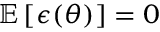
\mathbb { E } \left[ \boldsymbol { \epsilon } ( \boldsymbol { \theta } ) \right] = \boldsymbol { 0 }